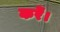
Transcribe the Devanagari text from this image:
करेँ।